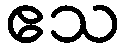
ဧသ